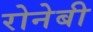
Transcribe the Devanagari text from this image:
रोनेबी